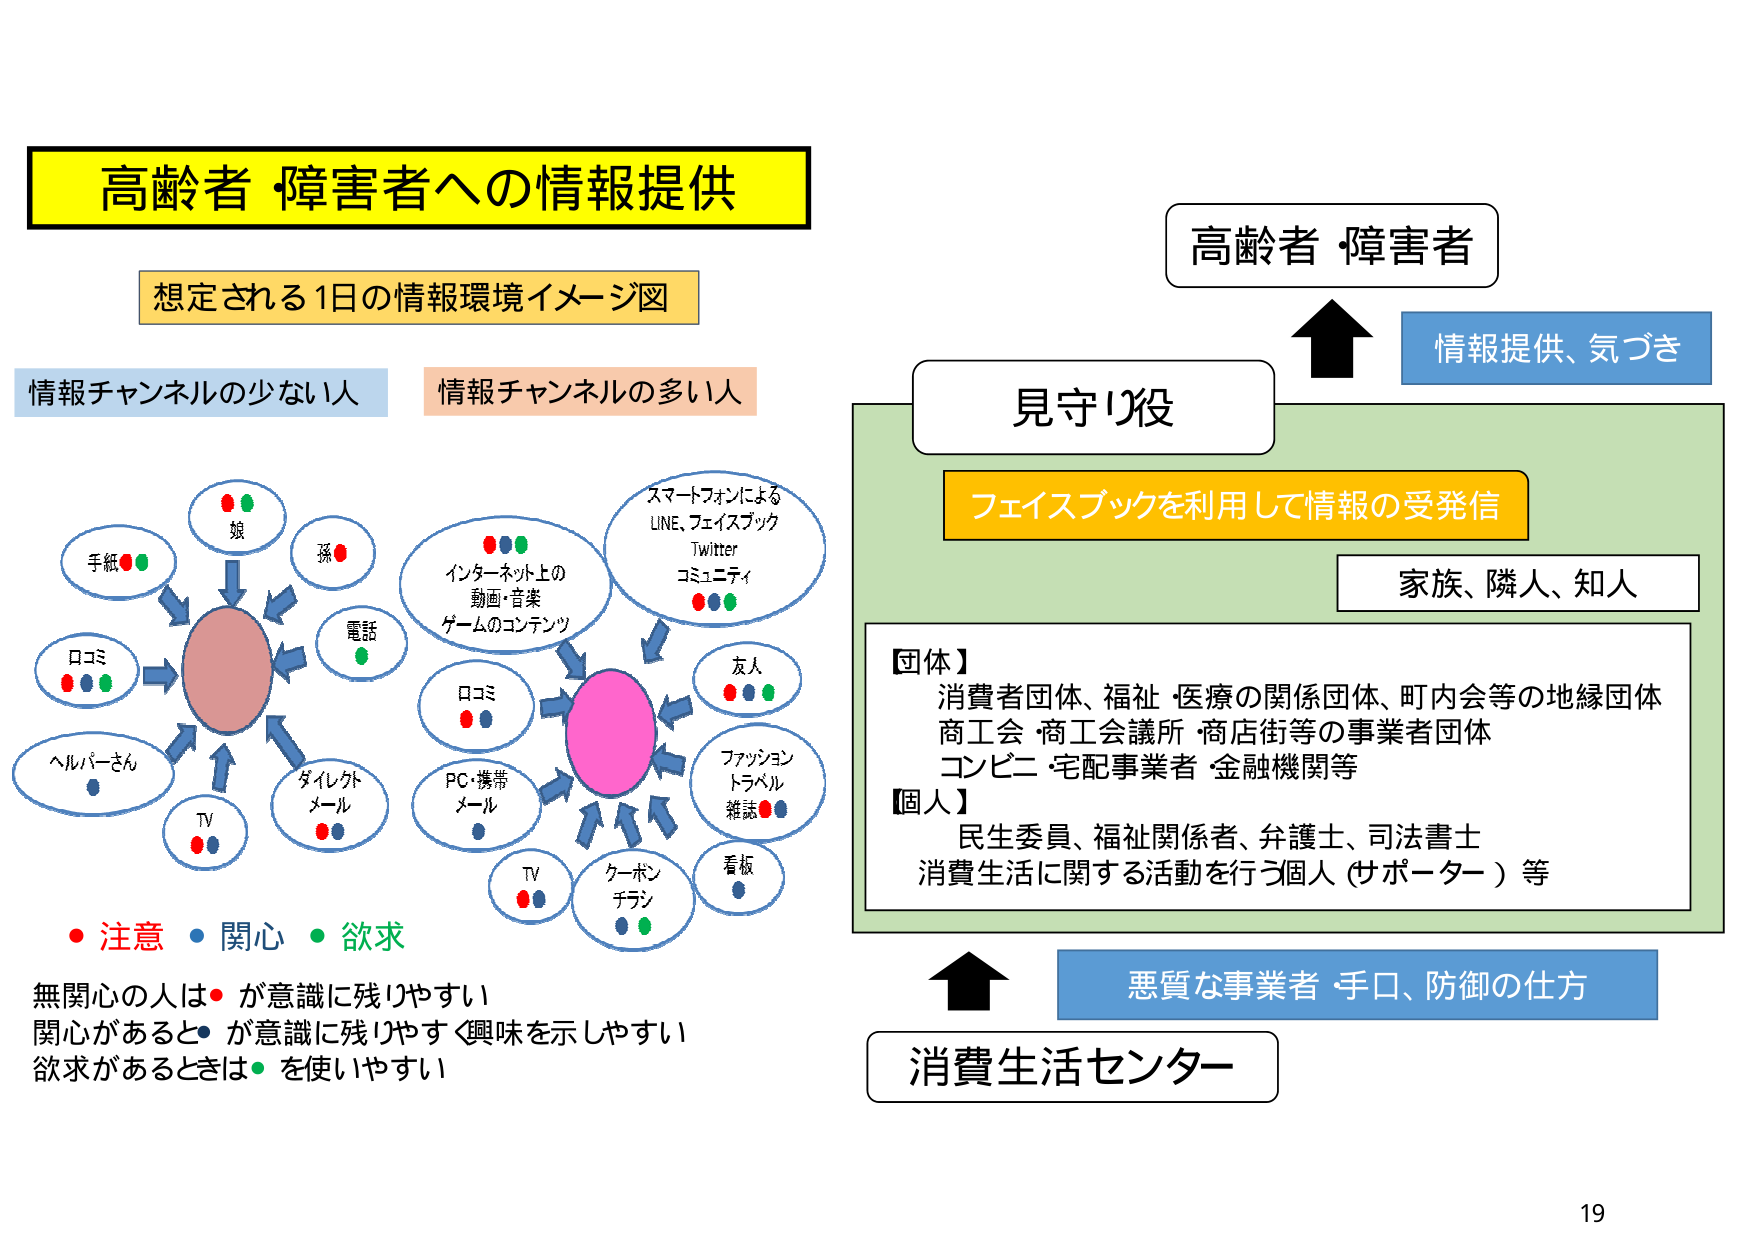
高齢者・障害者への情報提供

想定される1日の情報環境イメージ図

情報チャンネルの少ない人
情報チャンネルの多い人

手紙
娘
孫
電話
口コミ
ヘルパーさん
TV
ダイレクトメール

インターネット上の
動画・音楽
ゲームのコンテンツ
スマートフォンによる
LINE、フェイスブック
Twitter
コミュニティ
口コミ
PC・携帯
メール
TV
クーポン
チラシ
看板
友人
ファッション
トラベル
雑誌

・注意　・関心　・欲求
無関心の人は・が意識に残りやすい
関心があると・が意識に残りやすく興味を示しやすい
欲求があるときは・を使いやすい

高齢者・障害者
情報提供、気づき

見守り役
フェイスブックを利用して情報の受発信
家族、隣人、知人

【団体】
消費者団体、福祉・医療の関係団体、町内会等の地縁団体
商工会・商工会議所・商店街等の事業者団体
コンビニ・宅配事業者・金融機関等

【個人】
民生委員、福祉関係者、弁護士、司法書士
消費生活に関する活動を行う個人（サポーター）等

悪質な事業者・手口、防御の仕方
消費生活センター

19